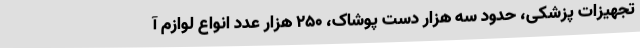
تجهیزات پزشکی، حدود سه هزار دست پوشاک، 250 هزار عدد انواع لوازم آ